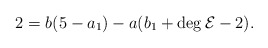
\begin{align*}2=b(5-a_1)-a(b_1+\deg\mathcal{E}-2). \end{align*}